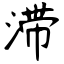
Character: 滞